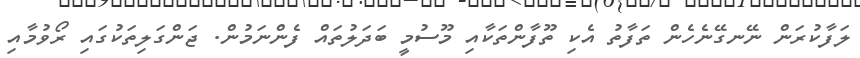
ލަފާކުރަން ނޭނގޭނެހެން ތަފާތު އެކި ތޫފާންތަކާއި މޫސުމީ ބަދަލުތައް ފެންނަމުން. ޖަންގަލިތަކުގައި ރޯވުމާއި